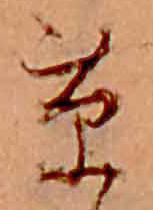
草